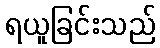
ရယူခြင်းသည်